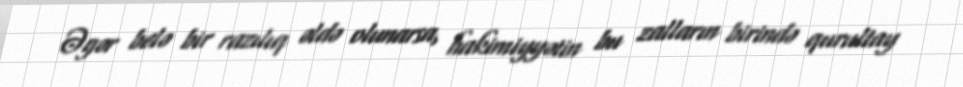
Əgər belə bir razılıq əldə olunarsa, hakimiyyətin bu zalların birində qurultay